Report of the Indian Hemp Drugs Commission, 1894-1895 - Volume I
Year: 1894
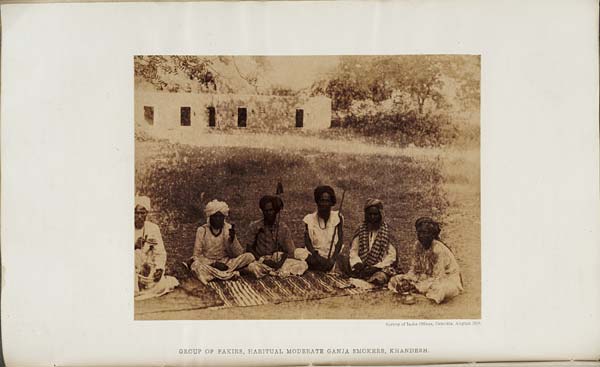
Survey of India Offices, Calcutta, August 1894.
GROUP OF FAKIRS, HABITUAL MODERATE GANJA SMOKERS, KHANDESH.